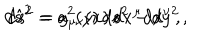
d \hat { s } ^ { 2 } = a ^ { 2 } ( y ) \, d s ^ { 2 } - d y ^ { 2 } \, , \hspace { 1 c m } d s ^ { 2 } = g _ { \mu \nu } ( x ) \, d x ^ { \mu } d x ^ { \nu } \, ,